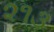
૨૧૩